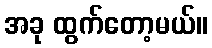
အခု ထွက်တော့မယ်။